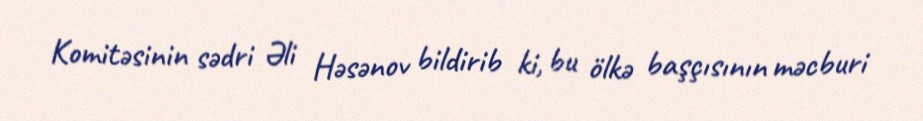
Komitəsinin sədri Əli Həsənov bildirib ki, bu ölkə başçısının məcburi